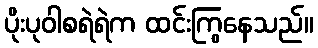
ပိုးပုဝါစရဲရဲက ထင်းကြွနေသည်။